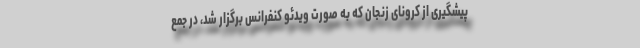
پیشگیری از کرونای زنجان که به صورت ویدئو کنفرانس برگزار شد، در جمع